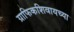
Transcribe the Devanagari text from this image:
ग्राफिकशिवायच्या